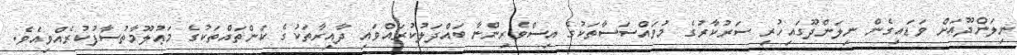
ނިލަންދޫއަށް ވަޑައިގެން ނިލަންދޫގައިހުރި ސަރުކާރުގެ މުވައްސަސާތަކުގެ އިސްވެރިންނާ ބައްދަލުކުރައްވައި ދާއިރާތަކުގެ ކަންތައްތަކުގެ މަޢުލޫމާތުސާފުކުރެއްވިއެވެ.